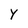
Character: Y